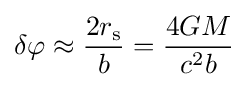
\delta \varphi \approx {\frac {2r_{\text{s}}}{b}}={\frac {4GM}{c^{2}b}}